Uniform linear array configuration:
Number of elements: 24
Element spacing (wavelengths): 0.5
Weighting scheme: cosine
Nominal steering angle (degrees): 15
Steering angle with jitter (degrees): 13.32
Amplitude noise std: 0.05
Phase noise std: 0.05

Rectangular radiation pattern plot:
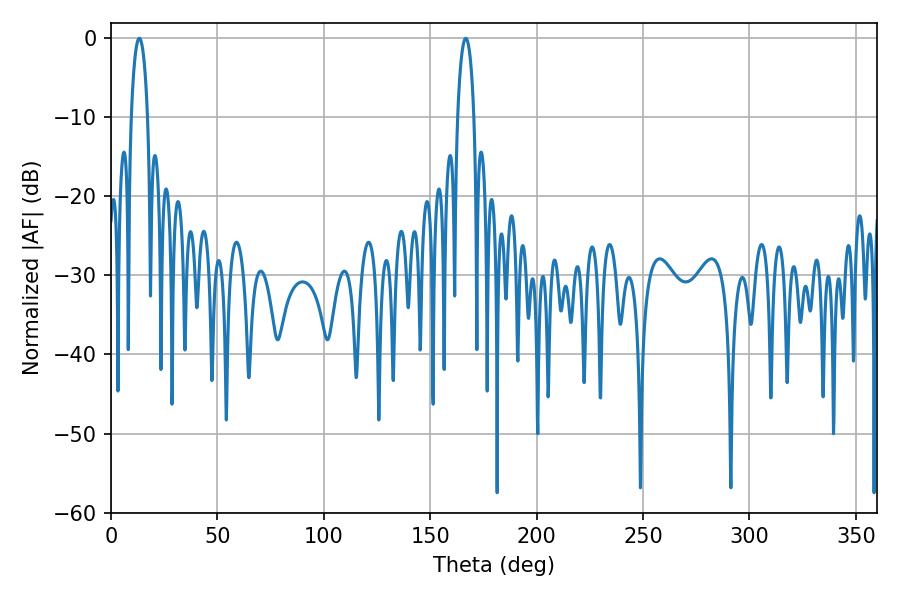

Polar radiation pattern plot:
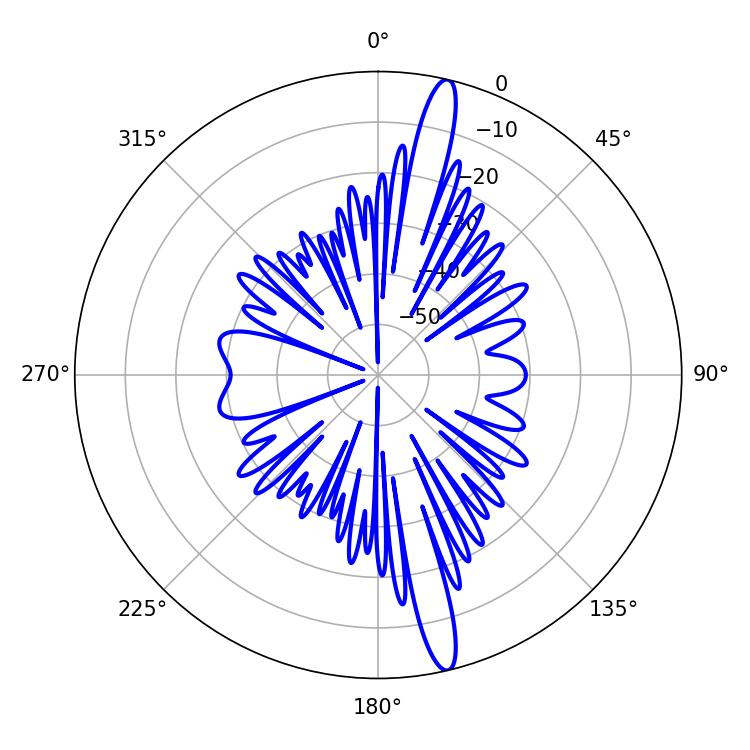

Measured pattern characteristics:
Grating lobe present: FALSE
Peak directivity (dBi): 17.08
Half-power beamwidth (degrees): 4.32
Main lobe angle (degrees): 13.32